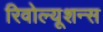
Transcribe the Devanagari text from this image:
रिवोल्यूशन्स